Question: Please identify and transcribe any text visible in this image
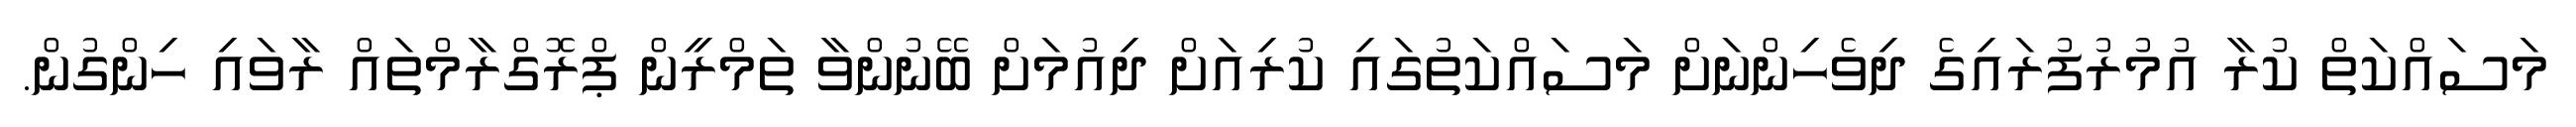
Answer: މަސައްކަތް ކުރާ އުމުރުފުރައިގެ ދިވެހިންނަށް މަސައްކަތުގައި ކުރިއަށް ދިއުމަށް ބޭނުންވާ ތަމްރީން ޕްރޮގްރާމްތައް ރާވައި ހިންގުން.